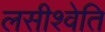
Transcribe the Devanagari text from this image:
लसीश्वेति